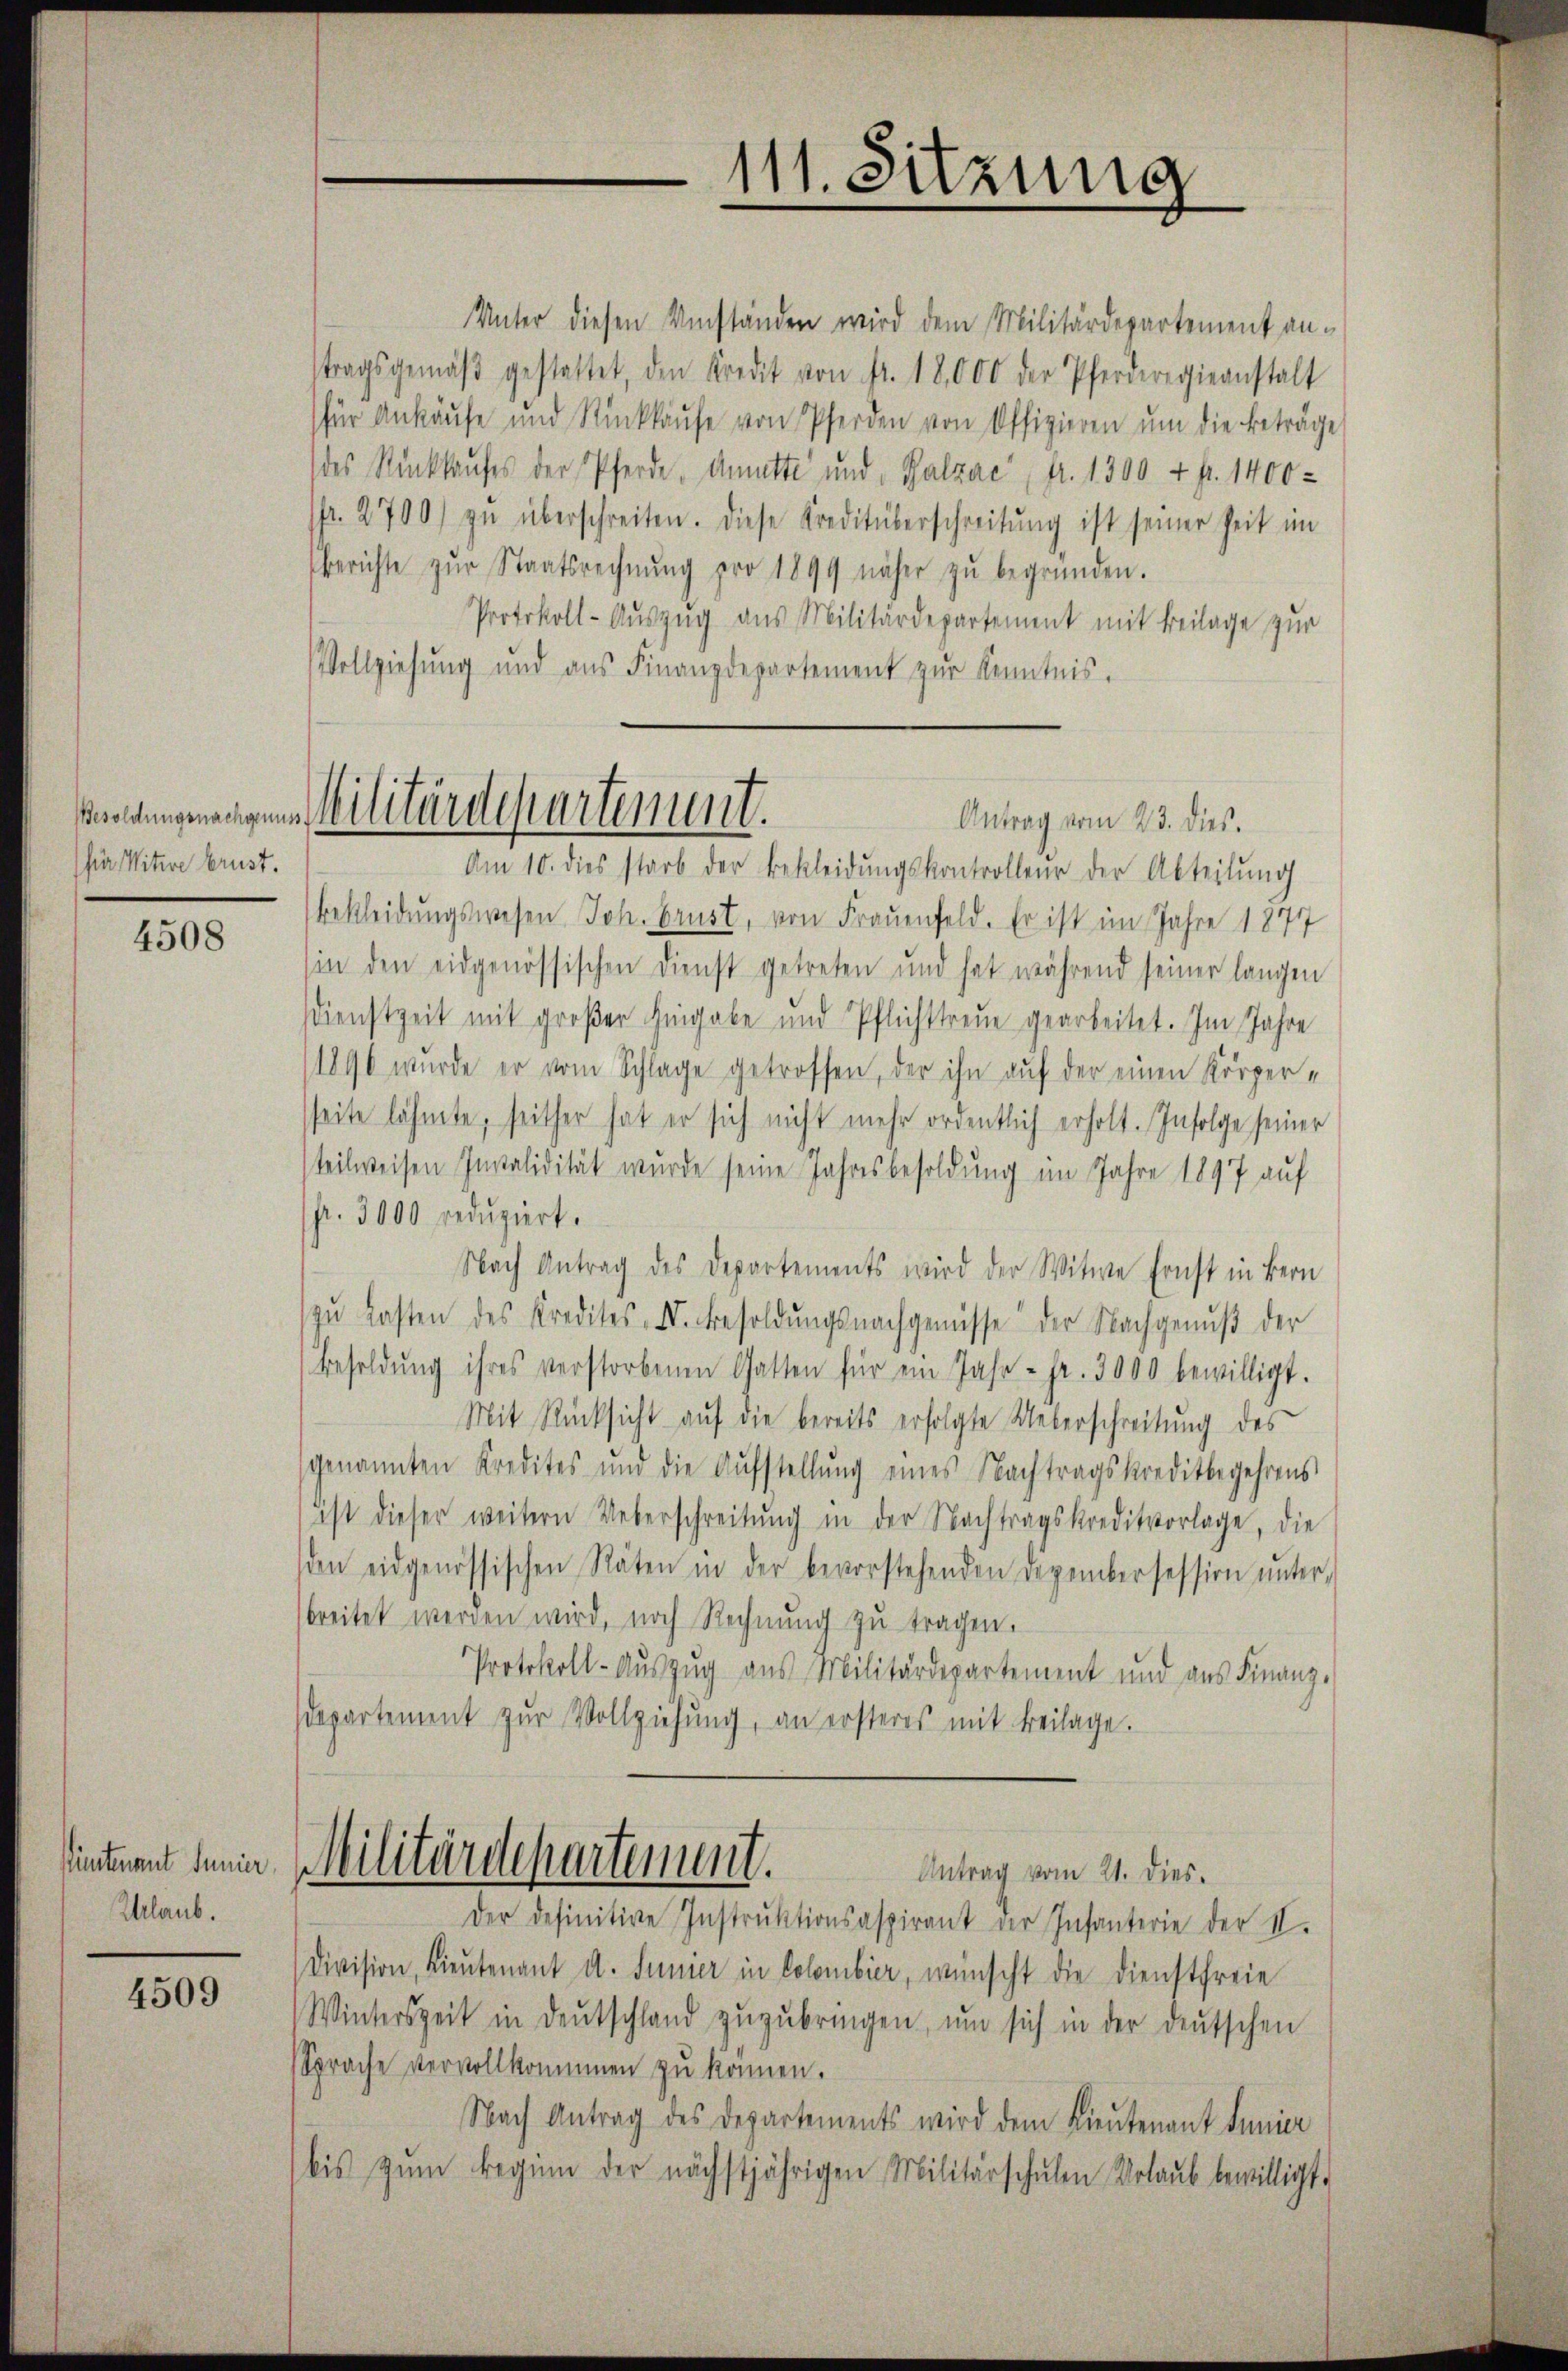
für Witwe brust.

4508

Püntenant Junier
Urlaub.

4509

Unter diesen Umständen wird dem Militärdepartement antragsgemäβ gestattet, den Kredit von fr. 18,000 der Pferderegiernstalt
für Ankäufe und Rückkaŭfe von Pferden von Offizieren um die Beträge
des Rückkaufes der Pferde, dette und Salzac, fr. 1300 + p. 1400-
fr. 2700 zŭ überschreiten. Diese Kreditüberschreitŭng ist seiner Zeit im
berichte zŭr Staatsrechnŭng pro 1899 näher zŭ begründen.
Protokoll-Auszug aus Militärdepartement mit Beilage zur
Vollziehung und aus Finanzdepartement zŭr Kenntnis.

111. Sitzung

Wendungenangen Militärdepartement.
Antrag vom 23. dies.

Am 10. dies starb der Bekleidŭngskontrolleur der Abteilŭng
bekleidungswesen Joh. Brust, von Frauenfeld. Er ist im Jahre 1871
sin den eidgenössischen Dienst getreten und hat während seiner langen
DDienstzeit mit großer Hingabe und Pflichttreue gearbeitet. Im Jahre
1896 wurde er vom Schlage getroffen, der ihn auf der einen Körperseite lähmte, seither hat er sich nicht mehr ordentlich erholt. Infolge seiner
teilweisen Invalidität wurde seine Jahresbesoldung im Jahre 1897 auf
fr. 3000 reduziert.
Nach Antrag des Departements wird der Witwe sonst in Bern
zŭ lasten des Kredites II. Besoldŭngsnachgenüsse der Nachgenuß der
Besoldŭng ihres verstorbenen Gatten für ein Jahr - Fr. 3000 bewilligt.
Mit Rücksicht auf die bereits erfolgte Ueberschreitung des
genannten Kredites und die Aŭfstellŭng eines Nachtragskreditbegehrens
ist dieser weitern Ueberschreitŭng in der Nachtragskreditvorlage, die
sien eidgenössischen Räten in der bevorstehenden Dezembersession ŭnter-
sbreitet werden wird, noch Rechnŭng zu tragen.
Protokoll-Aŭszŭg aŭs Militärdepartement und aŭs Finanz-
departement zŭr Vollziehung, an ersteres mit Beilage.
Militärdepartement.
Antrag vom 21. Dies
Der definitive Instrŭktionsaspirant der Infanterie der II.
Division, Lieutenant d. Junier in Colombier, wünscht die Dienstfreie
Winterszeit in Deutschland zŭzŭbringen, ŭm sich in der deutschen
Sprache vervollkommen zu können.
Nach Antrag des Departements wird dem Lieutenant Junier
bis zŭm Beginn der nächstjährigen Militärschŭlen Urlaŭb bewilligt.